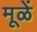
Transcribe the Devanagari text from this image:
मूळें